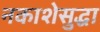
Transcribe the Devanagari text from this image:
नकाशेसुद्धा